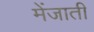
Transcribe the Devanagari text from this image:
मेंजाती